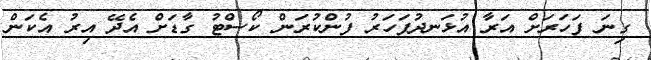
ގިނަ ފަހަރަށް އަރާ އުޅަނދުފަހަރު ފުންކުރަން ކޯސްޓު ގާޑަށް އެދޭ އިރު އެކަން